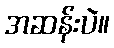
အဆန်းပဲ။